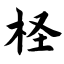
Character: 柽